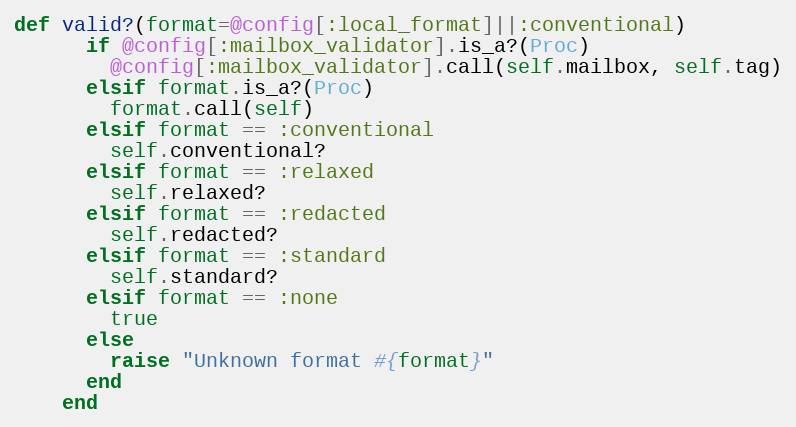
Language: Ruby
def valid?(format=@config[:local_format]||:conventional)
      if @config[:mailbox_validator].is_a?(Proc)
        @config[:mailbox_validator].call(self.mailbox, self.tag)
      elsif format.is_a?(Proc)
        format.call(self)
      elsif format == :conventional
        self.conventional?
      elsif format == :relaxed
        self.relaxed?
      elsif format == :redacted
        self.redacted?
      elsif format == :standard
        self.standard?
      elsif format == :none
        true
      else
        raise "Unknown format #{format}"
      end
    end